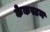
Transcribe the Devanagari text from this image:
केकस्टन